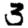
Digit: 3